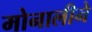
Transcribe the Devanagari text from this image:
मोनालीने